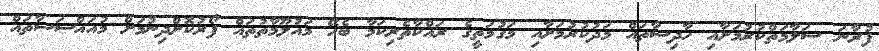
ފުރާނަ ސަލާމަތްކުރުމަށާއި ހާދިސާތައް މަދުކުރުމަށާއި މަގުމަތީގެ ރައްކާތެރިކަމާ ބެހޭ މައުލޫމާތުތައް ފޯރުކޮށްދިނުމަށް މުއައްސަސާތައް